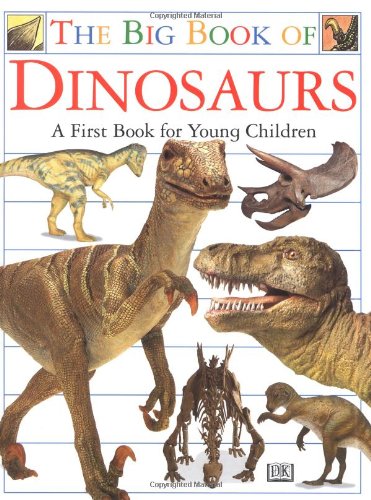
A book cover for Big Book of Dinosaurs; DK Publishing; Children's Books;